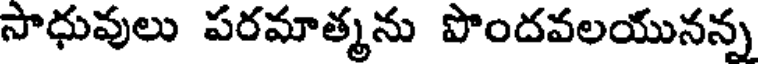
సాధువులు పరమాత్మను పొందవలయునన్న